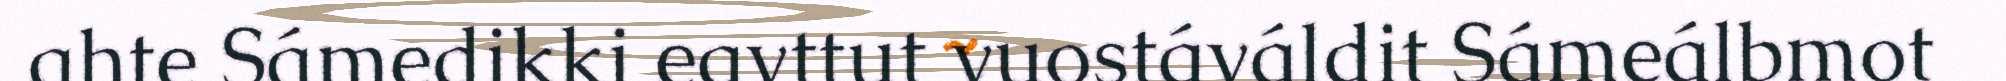
ahte Sámedikki eavttut vuostáváldit Sámeálbmot